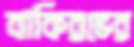
বাকিরভের